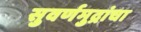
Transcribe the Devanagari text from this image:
सुवर्णमुद्रांचा